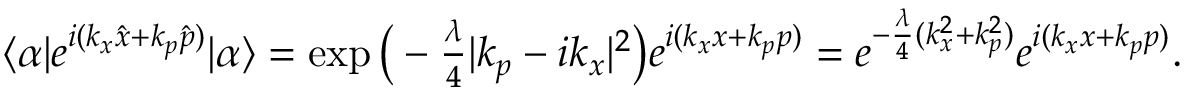
\begin{array} { r } { \langle \alpha | e ^ { i ( k _ { x } \hat { x } + k _ { p } \hat { p } ) } | \alpha \rangle = \exp \big ( - \frac { \lambda } { 4 } | k _ { p } - i k _ { x } | ^ { 2 } \big ) e ^ { i ( k _ { x } x + k _ { p } p ) } = e ^ { - \frac { \lambda } { 4 } ( k _ { x } ^ { 2 } + k _ { p } ^ { 2 } ) } e ^ { i ( k _ { x } x + k _ { p } p ) } . } \end{array}